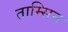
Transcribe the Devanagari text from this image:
ताम्सिन